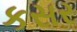
કસર